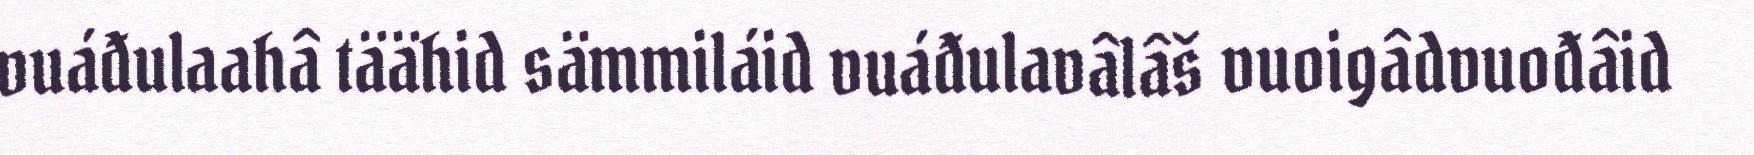
vuáđulaahâ täähid sämmiláid vuáđulavâlâš vuoigâdvuođâid